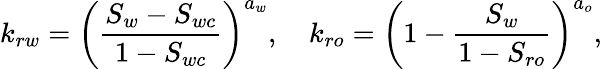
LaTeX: k_{rw}=\left(\frac{S_{w}-S_{wc}}{1-S_{wc}}\right)^{a_{w}},\quad k_{ro}=\left(1-\frac{S_{w}}{1-S_{ro}}\right)^{a_{o}},